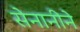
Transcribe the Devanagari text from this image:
सेनानीने